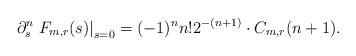
LaTeX: \begin{align*}\partial_s^n\left.F_{m,r}(s)\right|_{s=0}=(-1)^n n! 2^{-(n+1)} \cdot C_{m,r}(n+1).\end{align*}